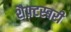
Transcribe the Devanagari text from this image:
शैफ़्टस्बरी